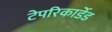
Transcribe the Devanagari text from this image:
टेपरिकार्डेड